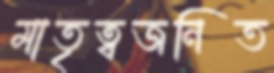
মাতৃত্বজনিত